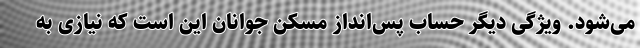
می‌شود. ویژگی دیگر حساب پس‌انداز مسکن جوانان این است که نیازی به